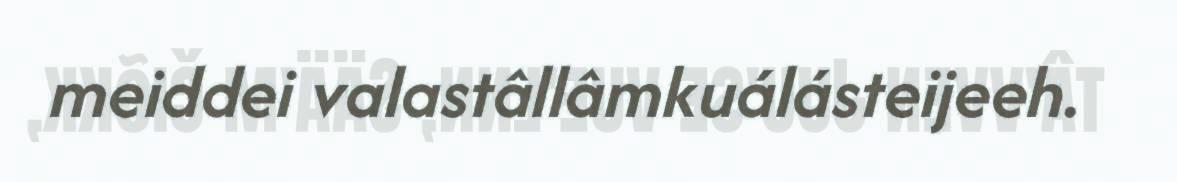
meiddei valastâllâmkuálásteijeeh.